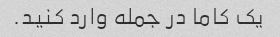
یک کاما در جمله وارد کنید.